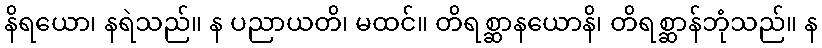
နိရယော၊ နရဲသည်။ န ပညာယတိ၊ မထင်။ တိရစ္ဆာနယောနိ၊ တိရစ္ဆာန်ဘုံသည်။ န